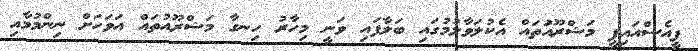
ޕީއެސްއައިޕީ މަޝްރޫއަުތައް އެކުލަވާލުމުގައި ބަލާފައި ވަނީ މިހާރު ހިނގާ މަޝްރޫއުތައް އަވަހަށް ނިންމުމާއި